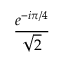
\frac { e ^ { - i \pi / 4 } } { \sqrt { 2 } }